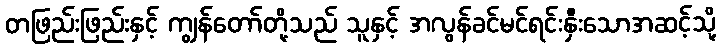
တဖြည်းဖြည်းနှင့် ကျွန်တော်တို့သည် သူနှင့် အလွန်ခင်မင်ရင်းနှီးသောအဆင့်သို့